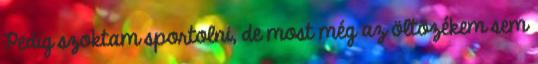
Pedig szoktam sportolni, de most még az öltözékem sem